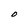
Character: O